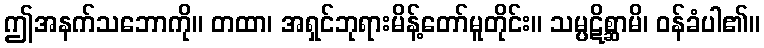
ဤအနက်သဘောကို။ တထာ၊ အရှင်ဘုရားမိန့်တော်မူတိုင်း။ သမ္ပဋိစ္ဆာမိ၊ ဝန်ခံပါ၏။